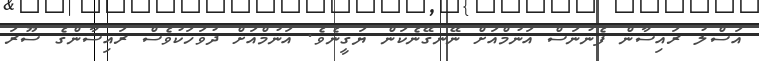
އަސްލު ރައިސާން ފެނުނަސް އަނުމްއަށް ނޭނގޭނެކަން ޔަގީނެވެ. އަނުމްއަށް ދުވަހަކުވެސް ރައިސާންގެ ސޫރަ